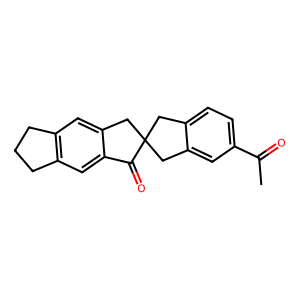
SMILES: CC(=O)c1ccc2c(c1)CC1(C2)Cc2cc3c(cc2C1=O)CCC3
Inhibits HIV replication: No